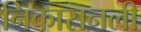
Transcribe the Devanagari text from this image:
निकासनली